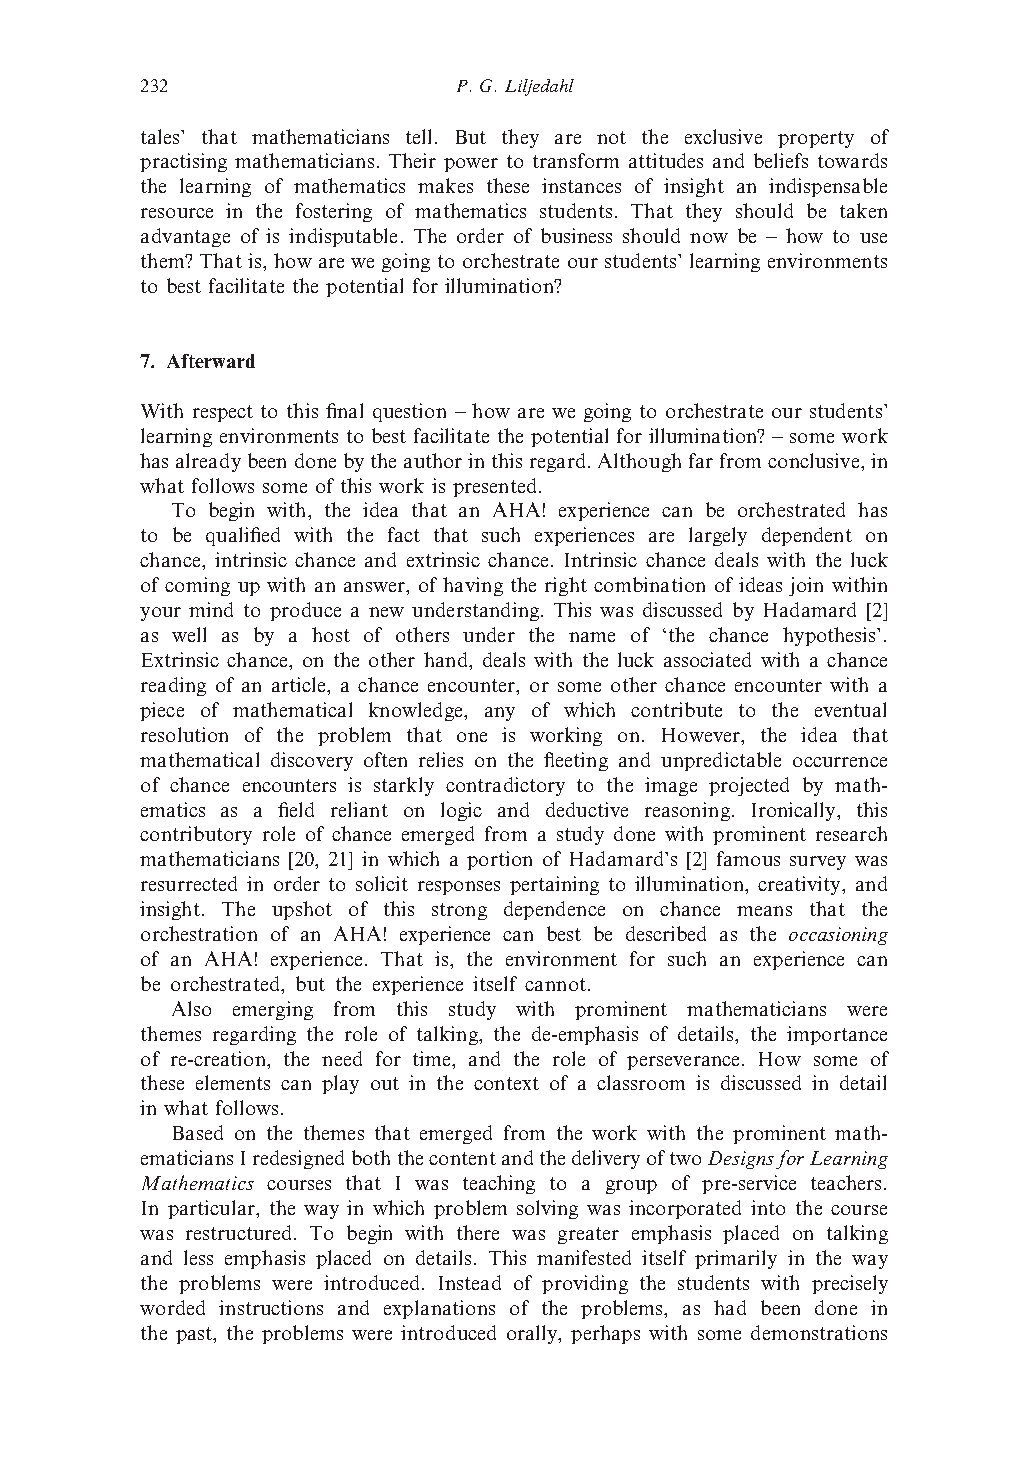
232                  P. G. Liljedahl
 tales’ that mathematicians tell. But they are not the exclusive property of
 practising mathematicians. Their power to transform attitudes and beliefs towards
 the learning of mathematics makes these instances of insight an indispensable
 resource in the fostering of mathematics students. That they should be taken
 advantage of is indisputable. The order of business should now be – how to use
 them? That is, howarewe goingtoorchestrate our students’learningenvironments
 to best facilitate the potential for illumination?
 7. Afterward
 With respect to this final question – how are we going to orchestrate our students’
 learning environments to best facilitate the potential for illumination? – some work
 hasalreadybeendonebytheauthorinthisregard.Althoughfarfromconclusive,in
 what follows some of this work is presented.
 To begin with, the idea that an AHA! experience can be orchestrated has
 to be qualified with the fact that such experiences are largely dependent on
 chance, intrinsic chance and extrinsic chance. Intrinsic chance deals with the luck
 of coming up with an answer, of having the right combination of ideas join within
 your mind to produce a new understanding. This was discussed by Hadamard [2]
 as well as by a host of others under the name of ‘the chance hypothesis’.
 Extrinsic chance, on the other hand, deals with the luck associated with a chance
 reading of an article, a chance encounter, or some other chance encounter with a
 piece of mathematical knowledge, any of which contribute to the eventual
 resolution of the problem that one is working on. However, the idea that
 mathematical discovery often relies on the fleeting and unpredictable occurrence
 of chance encounters is starkly contradictory to the image projected by math-
 ematics as a field reliant on logic and deductive reasoning. Ironically, this
 contributory role of chance emerged from a study done with prominent research
 mathematicians [20, 21] in which a portion of Hadamard’s [2] famous survey was
 resurrected in order to solicit responses pertaining to illumination, creativity, and
 insight. The upshot of this strong dependence on chance means that the
 orchestration of an AHA! experience can best be described as the occasioning
 of an AHA! experience. That is, the environment for such an experience can
 be orchestrated, but the experience itself cannot.
 Also emerging from this study with prominent mathematicians were
 themes regarding the role of talking, the de-emphasis of details, the importance
 of re-creation, the need for time, and the role of perseverance. How some of
 these elements can play out in the context of a classroom is discussed in detail
 in what follows.
 Based on the themes that emerged from the work with the prominent math-
 ematiciansIredesignedboththecontentandthedeliveryoftwoDesignsforLearning
 Mathematics courses that I was teaching to a group of pre-service teachers.
 In particular, the way in which problem solving was incorporated into the course
 was restructured. To begin with there was greater emphasis placed on talking
 and less emphasis placed on details. This manifested itself primarily in the way
 the problems were introduced. Instead of providing the students with precisely
 worded instructions and explanations of the problems, as had been done in
 the past, the problems were introduced orally, perhaps with some demonstrations